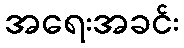
အရေးအခင်း